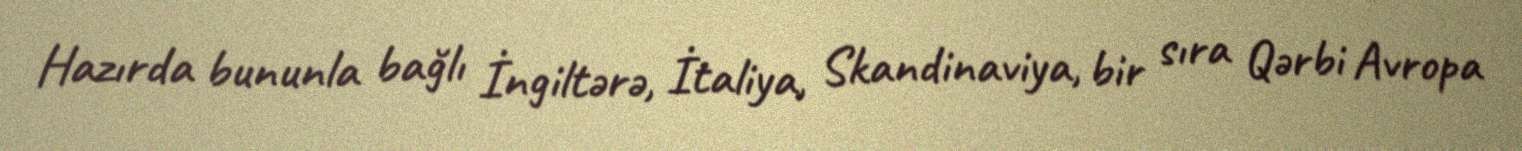
Hazırda bununla bağlı İngiltərə, İtaliya, Skandinaviya, bir sıra Qərbi Avropa